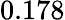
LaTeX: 0.178